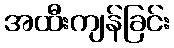
အထီးကျန်ခြင်း